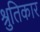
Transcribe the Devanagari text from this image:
श्रुतिकार